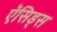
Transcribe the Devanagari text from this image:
ऍसिड्स